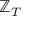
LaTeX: \mathbb { Z } _ { T }